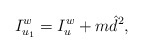
\begin{align*} I^w_{u_1}=I^w_u+m\hat d^2,\end{align*}